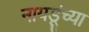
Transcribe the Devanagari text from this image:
नायडूंच्या